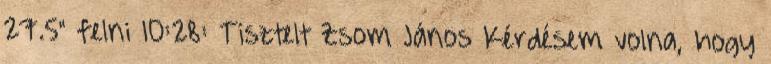
27.5" felni 10:28: Tisztelt Zsom János Kérdésem volna, hogy